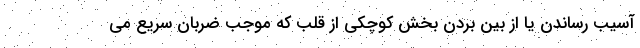
آسیب رساندن یا از بین بردن بخش کوچکی از قلب که موجب ضربان سریع می